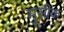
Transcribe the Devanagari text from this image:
मुसीक